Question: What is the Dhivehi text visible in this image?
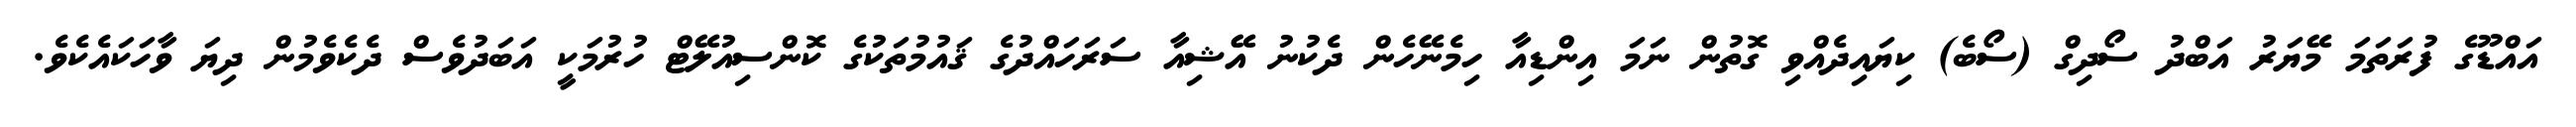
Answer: އައްޑޫގެ ފުރަތަމަ މޭޔަރު އަބްދު ސޯދިގް (ސޯބެ) ކިޔައިދެއްވި ގޮތުން ނަމަ އިންޑިއާ ހިމެނޭހެން ދެކުނު އޭޝިއާ ސަރަހައްދުގެ ޤައުމުތަކުގެ ކޮންސިއުލޭޓް ހުރުމަކީ އަބަދުވެސް ދެކެވެމުން ދިޔަ ވާހަކައެކެވެ.